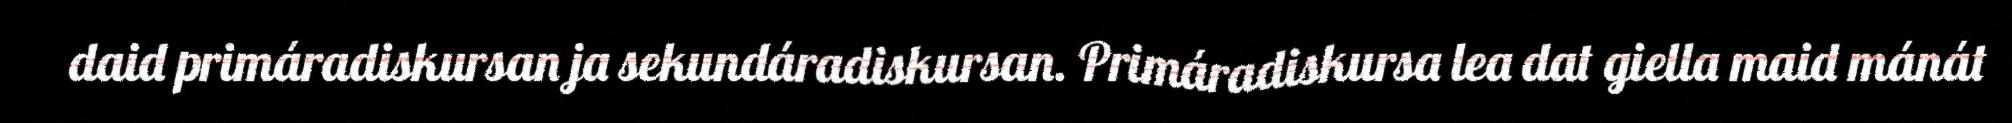
daid primáradiskursan ja sekundáradiskursan. Primáradiskursa lea dat giella maid mánát